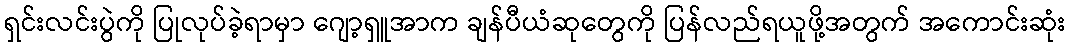
ရှင်းလင်းပွဲကို ပြုလုပ်ခဲ့ရာမှာ ဂျော့ရှူအာက ချန်ပီယံဆုတွေကို ပြန်လည်ရယူဖို့အတွက် အကောင်းဆုံး